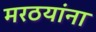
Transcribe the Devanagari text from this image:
मरठयांना